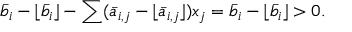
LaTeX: { \bar { b } } _ { i } - \lfloor { \bar { b } } _ { i } \rfloor - \sum ( { \bar { a } } _ { i , j } - \lfloor { \bar { a } } _ { i , j } \rfloor ) x _ { j } = { \bar { b } } _ { i } - \lfloor { \bar { b } } _ { i } \rfloor > 0 .